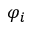
\varphi _ { i }